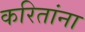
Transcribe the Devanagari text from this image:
करितांना